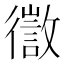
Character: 徾